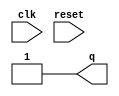
/* Generated by Yosys 0.32+51 (git sha1 6405bbab1, gcc 12.3.0-1ubuntu1~22.04 -fPIC -Os) */

(* top =  1  *)
(* src = "dff_const2.v:1.1-10.10" *)
module dff_const2(clk, reset, q);
  (* src = "dff_const2.v:1.25-1.28" *)
  input clk;
  wire clk;
  (* src = "dff_const2.v:1.54-1.55" *)
  output q;
  wire q;
  (* src = "dff_const2.v:1.36-1.41" *)
  input reset;
  wire reset;
  assign q = 1'h1;
endmodule